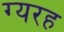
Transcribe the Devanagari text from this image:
ग्यरह